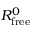
R _ { \mathrm { f r e e } } ^ { 0 }